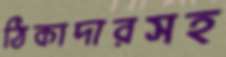
ঠিকাদারসহ